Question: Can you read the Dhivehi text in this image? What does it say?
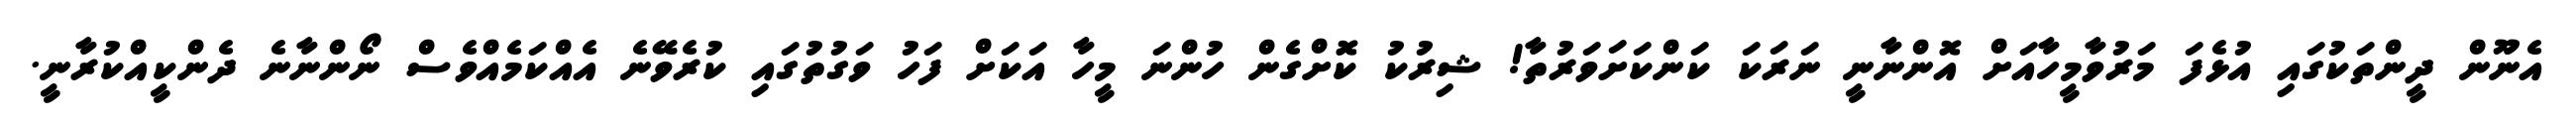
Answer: އެނޫން ދީންތަކުގައި އުޅެފަ މަރުވާމީހާއަށް އޮންނާނީ ނަރަކަ ކަންކަށަވަރުތާ! ޝިރުކު ކޮށްގެން ހުންނަ މީހާ އަކަށް ފަހު ވަގުތުގައި ކުރެވޭނެ އެއްކަމެއްވެސް ނޯންނާނެ ދެންކީއްކުރާނީ.